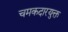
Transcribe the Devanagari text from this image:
चमकदारयुक्त